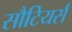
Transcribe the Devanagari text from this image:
सौटियर्स